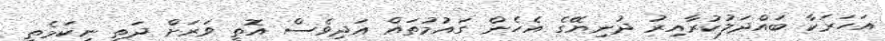
އަހަރަކާ ބައްދަލުކުރާއިރު ދުނިޔޭގެ އެހެން ގައުމުތައް އަދިވެސް އޮތީ ވަރަށް ދަތި ނިކަމެތި